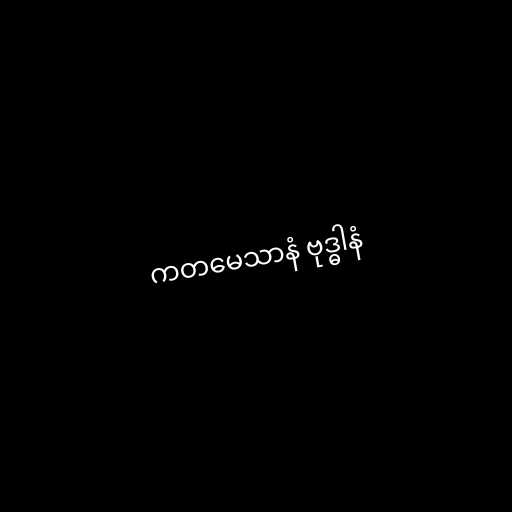
ကတမေသာနံ ဗုဒ္ဓါနံ